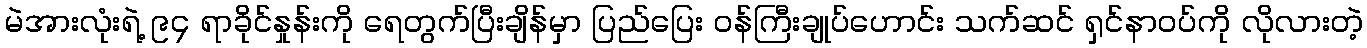
မဲအားလုံးရဲ့ ၉၄ ရာခိုင်နှုန်းကို ရေတွက်ပြီးချိန်မှာ ပြည်ပြေး ဝန်ကြီးချုပ်ဟောင်း သက်ဆင် ရှင်နာဝပ်ကို လိုလားတဲ့